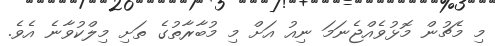
މި މެޗުން މޮޅުވެއްޖެނަމަ ނިއު އަށް މި މުބާރާތުގެ ތަށި މިލްކުވާނެ އެވެ.